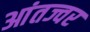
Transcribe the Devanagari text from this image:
आंतज्वर